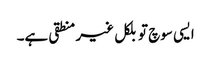
ایسی سوچ تو بلکل غیر منطقی ہے۔